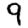
Digit: 9